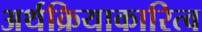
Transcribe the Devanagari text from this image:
अर्थक्रियाकारित्व